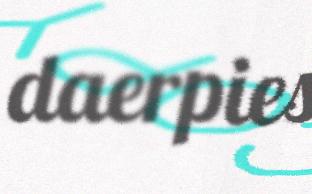
daerpies